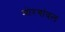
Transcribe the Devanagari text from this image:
मोरगांवल